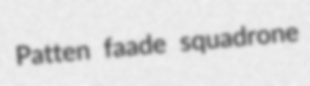
Patten faade squadrone